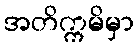
အတိက္ကမိမှာ